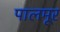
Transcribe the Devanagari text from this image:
पालमूर